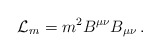
\begin{align*}{\cal L}_m = m^2 B^{\mu\nu} B_{\mu\nu}\,.\end{align*}